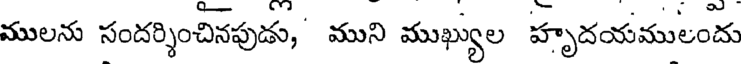
ములను సందర్శించినపుడు, ముని ముఖ్యుల హృదయములందు